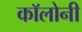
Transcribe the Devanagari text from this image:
काॅलोनी